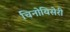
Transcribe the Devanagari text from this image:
चिनोयिसेरी